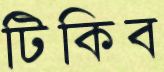
টিকিব